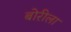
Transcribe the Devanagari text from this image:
बोरीला